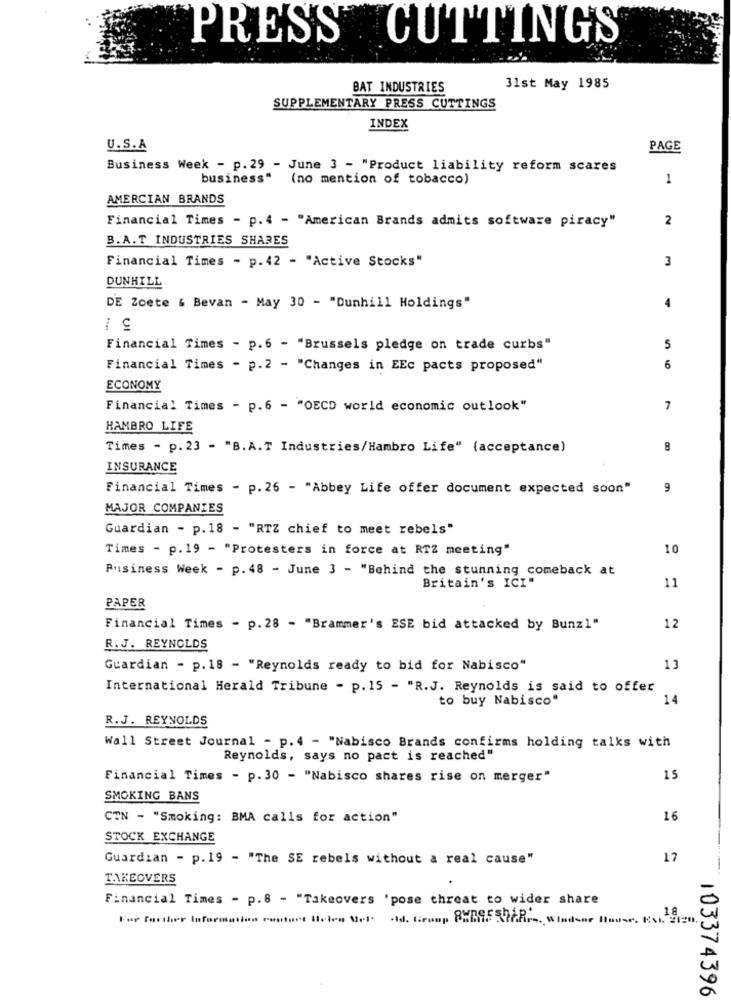
PRESS CUTTINGS
BAT INDUSTRIES
31st May 1985
SUPPLEMENTARY PRESS CUTTINGS
INDEX
U.S.A
PAGE
Business Week - p. 29 - June 3 - "Product liability reform scares
business"
(no mention of tobacco)
1
AMERCIAN BRANDS
Financial Times - p. 4 - "American Brands admits software piracy"
2
B.A.T INDUSTRIES SHARES
Financial Times - p. 42 - "Active Stocks"
3
DUNHILL
DE Zoete & Bevan - May 30 - "Dunhill Holdings"
4
Financial Times - p.6 - "Brussels pledge on trade curbs"
5
Financial Times - p.2 - "Changes in EEc pacts proposed"
6
ECONOMY
Financial Times - p.6 - "OECD world economic outlook"
7
HAMBRO LIFE
Times - p. 23 - "B.A.T Industries/Hambro Life" (acceptance)
8
INSURANCE
Financial Times - p. 26 - "Abbey Life offer document expected soon"
9
MAJOR COMPANIES
Guardian - p. 18 - "RTZ chief to meet rebels"
Times - p.19 - "Protesters in force at RTZ meeting"
10
Business Week - p. 48 - June 3 - "Behind the stunning comeback at
Britain's ICI"
11
PAPER
Financial Times - p. 28 - "Brammer's ESE bid attacked by Bunz1"
12
R. J. REYNOLDS
Guardian - p. 18 - "Reynolds ready to bid for Nabisco"
13
International Herald Tribune - p.15 - "R.J. Reynolds is said to offer
to buy Nabisco"
14
R.J. REYNOLDS
Wall Street Journal - p. 4 - "Nabisco Brands confirms holding talks with
Reynolds, says no pact is reached"
Financial Times - p.30 - "Nabisco shares rise on merger"
15
SMOKING BANS
CTN - "Smoking: BMA calls for action"
16
STOCK EXCHANGE
Guardian - p.19 - "The SE rebels without a real cause"
17
TAKEOVERS
Financial Times - p.8 - "Takeovers 'pose threat to wider share
For further Information contort Stelen Bet old. troop 8X695 -78 .-. Windsor House. Est. 2020
103374396